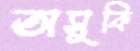
অসুকি